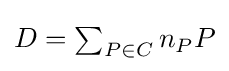
{\textstyle D=\sum _{P\in C}{n_{P}P}}